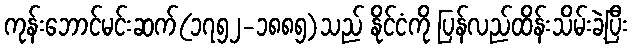
ကုန်းဘောင်မင်းဆက်(၁၇၅၂-၁၈၈၅)သည် နိုင်ငံကို ပြန်လည်ထိန်းသိမ်းခဲ့ပြီး